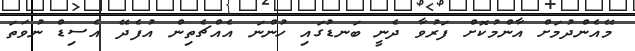
މޭއެންދުމަށް އާންމުކޮށް ފަރުވާ ދެނީ ބަނޑުގައި ހުންނަ އެއްޗެތިން އުފެދޭ އެސިޑް ނުވަތަ